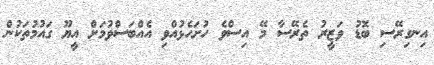
އިނގިރޭސި ބޮޑު ވަޒީރު ތެރޭސާ މޭ އިސްވެ ހުށަހެޅުއްވި އެއްބަސްވުމަށް އީޔޫ ގައުމުތަކުން